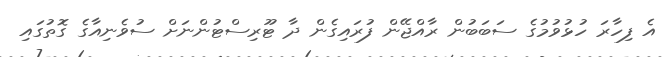
އެ ފިހާރަ ހުޅުވުމުގެ ސަބަބުން ރާއްޖޭން ފުރައިގެން ދާ ޓޫރިސްޓުންނަށް ސުވެނިއާގެ ގޮތުގައި